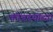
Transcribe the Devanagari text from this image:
कोंबडयांच्या